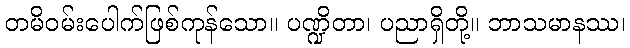
တမိဝမ်းပေါက်ဖြစ်ကုန်သော။ ပဏ္ဍိတာ၊ ပညာရှိတို့။ ဘာသမာနဿ၊